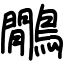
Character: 鷳